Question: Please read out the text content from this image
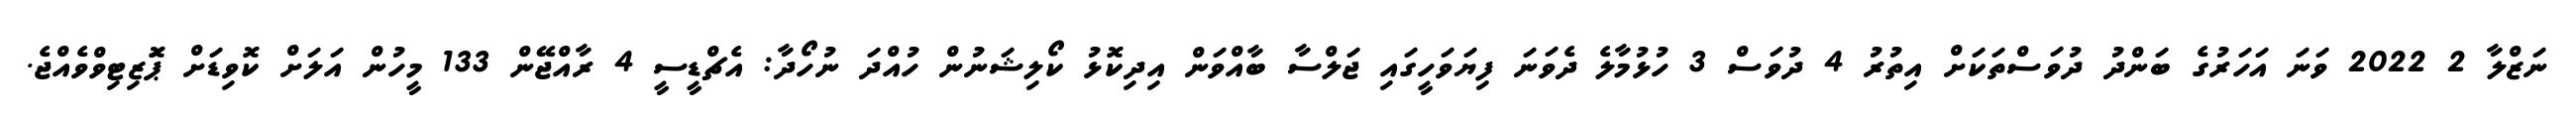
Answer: ނަޒްލާ 2 2022 ވަނަ އަހަރުގެ ބަންދު ދުވަސްތަކަށް އިތުރު 4 ދުވަސް 3 ހުޅުމާލެ ދެވަނަ ފިޔަވަހީގައި ޖަލްސާ ބާއްވަން އިދިކޮޅު ކޯލިޝަނުން ހުއްދަ ނުހޯދާ: އެޗްޑީސީ 4 ރާއްޖޭން 133 މީހުން އަލަށް ކޮވިޑަށް ޕަޮޒިޓިވްވެއްޖެ.